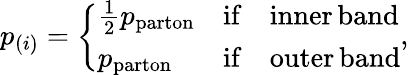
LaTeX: p_{(i)}=\left\{ \begin{array}{lll}{{\frac{1}{2}p_{\mathrm{parton}}}}&{{\mathrm{if}}}&{{\mathrm{inner}\, \mathrm{band}}}\\ {{p_{\mathrm{parton}}}}&{{\mathrm{if}}}&{{\mathrm{outer}\, \mathrm{band}}}\end{array}\right.,